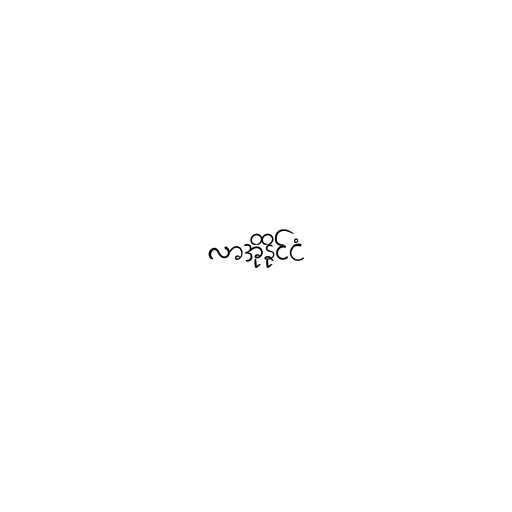
လာအိုနိုင်ငံ